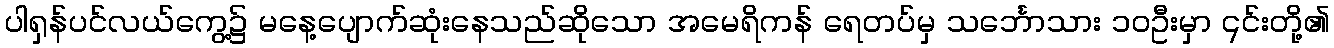
ပါရှန်ပင်လယ်ကွေ့၌ မနေ့ပျောက်ဆုံးနေသည်ဆိုသော အမေရိကန် ရေတပ်မှ သင်္ဘောသား ၁၀ဦးမှာ ၎င်းတို့၏